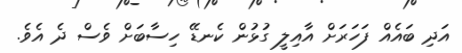
އަދި ބައެއް ފަހަރަށް އާއިލީ ގުޅުން ކެނޑޭ ހިސާބަށް ވެސް ދެ އެވެ.